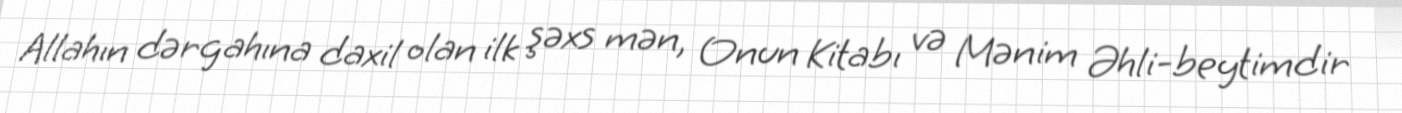
Allahın dərgahına daxil olan ilk şəxs mən, Onun Kitabı və Mənim Əhli-beytimdir